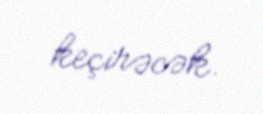
keçirəcək.